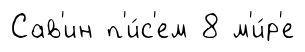
Сав'ин п'и́с'ем 8 м'и́р'е